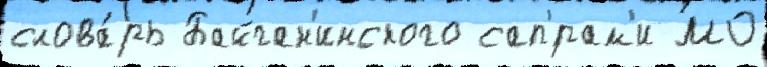
слова́рь Байган'инского сап'́рам'и МО